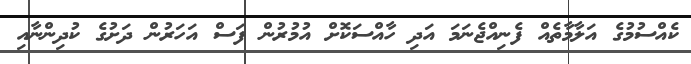
ކެއްސުމުގެ އަލާމާތެއް ފެނިއްޖެނަމަ އަދި ހާއްސަކޮށް އުމުުރުން ފަސް އަހަރުން ދަށުގެ ކުދިންނާއި